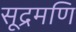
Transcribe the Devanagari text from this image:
सूद्रमणि